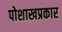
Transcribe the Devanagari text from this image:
पोशाखप्रकार